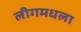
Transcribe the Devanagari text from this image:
लीगमधला